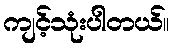
ကျင့်သုံးပါတယ်။